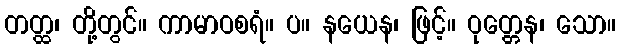
တတ္ထ၊ တို့တွင်။ ကာမာဝစရံ။ ပ။ နယေန၊ ဖြင့်။ ဝုတ္တေန၊ သော။